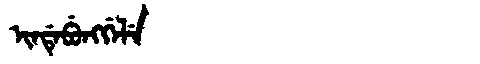
Manchu: ᡳᠨᡩᡝᠪᡠᠩᡤᡝᠯᡝ
Romanization: INDEBUNGGELE